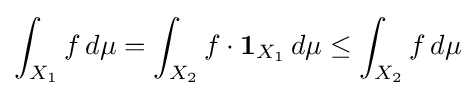
\int _{X_{1}}f\,d\mu =\int _{X_{2}}f\cdot {\mathbf {1} }_{X_{1}}\,d\mu \leq \int _{X_{2}}f\,d\mu